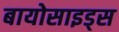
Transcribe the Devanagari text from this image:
बायोसाइड्स